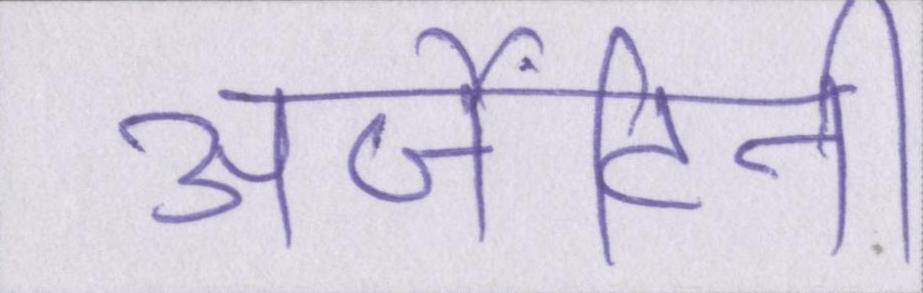
अर्जेंटीनी